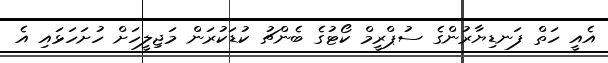
އެއީ ހަތް ފަނޑިޔާރުންގެ ސުޕްރީމް ކޯޓުގެ ބެންޗު ކުޑަކުރަން މަޖިލީހަށް ހުށަހަޅައި އެ